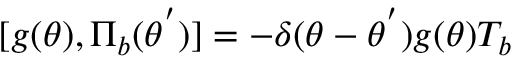
[ g ( \theta ) , { \Pi } _ { b } ( { \theta } ^ { ' } ) ] = - { \delta } ( { \theta } - { \theta } ^ { ' } ) g ( \theta ) T _ { b }